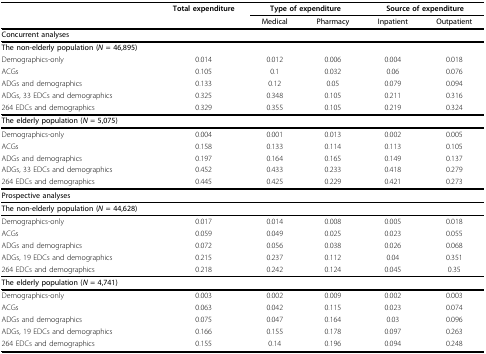
<table><thead><tr><td></td><td><b>Total expenditure</b></td><td colspan="2"><b>Type of expenditure</b></td><td colspan="2"><b>Source of expenditure</b></td></tr><tr><td></td><td></td><td><b>Medical</b></td><td><b>Pharmacy</b></td><td><b>Inpatient</b></td><td><b>Outpatient</b></td></tr></thead><tbody><tr><td><b>Concurrent analyses</b></td><td></td><td></td><td></td><td></td><td></td></tr><tr><td><b>The non-elderly population (<i>N </i>= 46,895)</b></td><td></td><td></td><td></td><td></td><td></td></tr><tr><td>Demographics-only</td><td>0.014</td><td>0.012</td><td>0.006</td><td>0.004</td><td>0.018</td></tr><tr><td>ACGs</td><td>0.105</td><td>0.1</td><td>0.032</td><td>0.06</td><td>0.076</td></tr><tr><td>ADGs and demographics</td><td>0.133</td><td>0.12</td><td>0.05</td><td>0.079</td><td>0.094</td></tr><tr><td>ADGs, 33 EDCs and demographics</td><td>0.325</td><td>0.348</td><td>0.105</td><td>0.211</td><td>0.316</td></tr><tr><td>264 EDCs and demographics</td><td>0.329</td><td>0.355</td><td>0.105</td><td>0.219</td><td>0.324</td></tr><tr><td><b>The elderly population (<i>N </i>= 5,075)</b></td><td></td><td></td><td></td><td></td><td></td></tr><tr><td>Demographics-only</td><td>0.004</td><td>0.001</td><td>0.013</td><td>0.002</td><td>0.005</td></tr><tr><td>ACGs</td><td>0.158</td><td>0.133</td><td>0.114</td><td>0.113</td><td>0.105</td></tr><tr><td>ADGs and demographics</td><td>0.197</td><td>0.164</td><td>0.165</td><td>0.149</td><td>0.137</td></tr><tr><td>ADGs, 33 EDCs and demographics</td><td>0.452</td><td>0.433</td><td>0.233</td><td>0.418</td><td>0.279</td></tr><tr><td>264 EDCs and demographics</td><td>0.445</td><td>0.425</td><td>0.229</td><td>0.421</td><td>0.273</td></tr><tr><td><b>Prospective analyses</b></td><td></td><td></td><td></td><td></td><td></td></tr><tr><td><b>The non-elderly population (<i>N </i>= 44,628)</b></td><td></td><td></td><td></td><td></td><td></td></tr><tr><td>Demographics-only</td><td>0.017</td><td>0.014</td><td>0.008</td><td>0.005</td><td>0.018</td></tr><tr><td>ACGs</td><td>0.059</td><td>0.049</td><td>0.025</td><td>0.023</td><td>0.055</td></tr><tr><td>ADGs and demographics</td><td>0.072</td><td>0.056</td><td>0.038</td><td>0.026</td><td>0.068</td></tr><tr><td>ADGs, 19 EDCs and demographics</td><td>0.215</td><td>0.237</td><td>0.112</td><td>0.04</td><td>0.351</td></tr><tr><td>264 EDCs and demographics</td><td>0.218</td><td>0.242</td><td>0.124</td><td>0.045</td><td>0.35</td></tr><tr><td><b>The elderly population (<i>N </i>= 4,741)</b></td><td></td><td></td><td></td><td></td><td></td></tr><tr><td>Demographics-only</td><td>0.003</td><td>0.002</td><td>0.009</td><td>0.002</td><td>0.003</td></tr><tr><td>ACGs</td><td>0.063</td><td>0.042</td><td>0.115</td><td>0.023</td><td>0.074</td></tr><tr><td>ADGs and demographics</td><td>0.075</td><td>0.047</td><td>0.164</td><td>0.03</td><td>0.096</td></tr><tr><td>ADGs, 19 EDCs and demographics</td><td>0.166</td><td>0.155</td><td>0.178</td><td>0.097</td><td>0.263</td></tr><tr><td>264 EDCs and demographics</td><td>0.155</td><td>0.14</td><td>0.196</td><td>0.094</td><td>0.248</td></tr></tbody></table>